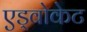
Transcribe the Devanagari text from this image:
एड्वोकेट